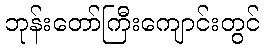
ဘုန်းတော်ကြီးကျောင်းတွင်